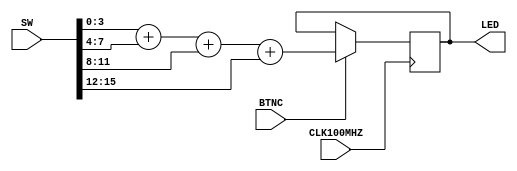
`timescale 1ns / 1ps
module top(
    input CLK100MHZ, 	//clk
    input [15:0]SW,
    input BTNC, 		//Button(N17)
    output reg [5:0]LED
    );
    
    wire [3:0]a,b,c,d;
    wire [5:0]sum;
    assign a = SW[3:0];
    assign b = SW[7:4];
    assign c = SW[11:8];
    assign d = SW[15:12];
    assign sum = a + b + c + d;
    /*****your design******/

always@(posedge CLK100MHZ)begin //posedge
    if(BTNC) begin    
       LED = sum;
     end
end

    /**********************/
endmodule